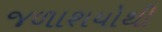
જળાશયોથી